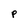
Character: P